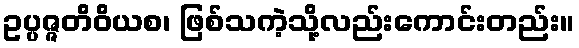
ဥပ္ပဇ္ဇတိဝိယစ၊ ဖြစ်သကဲ့သို့လည်းကောင်းတည်း။